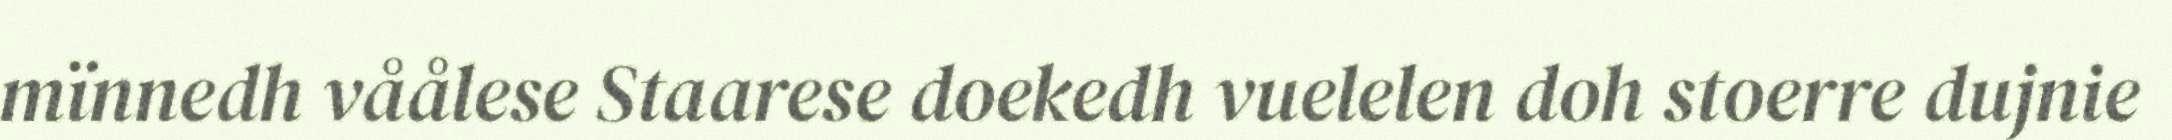
mïnnedh våålese Staarese doekedh vuelelen doh stoerre dujnie